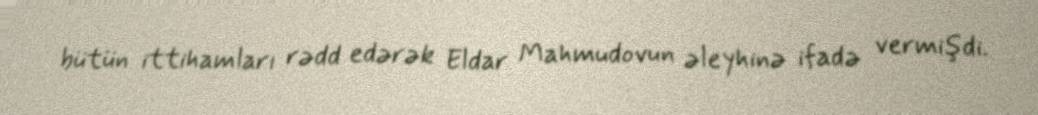
bütün ittihamları rədd edərək Eldar Mahmudovun əleyhinə ifadə vermişdi.